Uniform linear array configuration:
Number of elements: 48
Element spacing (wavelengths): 0.25
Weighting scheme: exponential
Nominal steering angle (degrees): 45
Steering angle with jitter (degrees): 45.729
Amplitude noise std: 0.05
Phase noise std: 0.05

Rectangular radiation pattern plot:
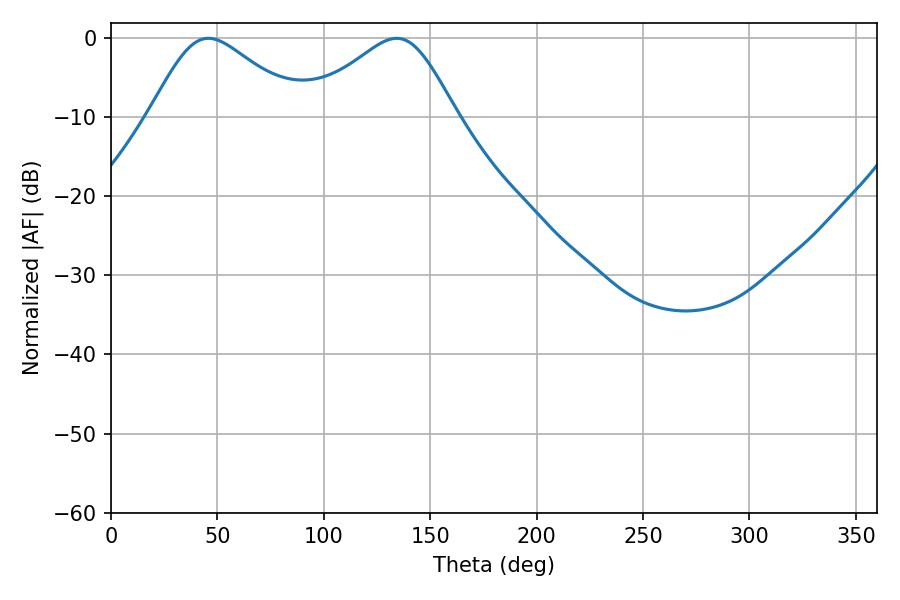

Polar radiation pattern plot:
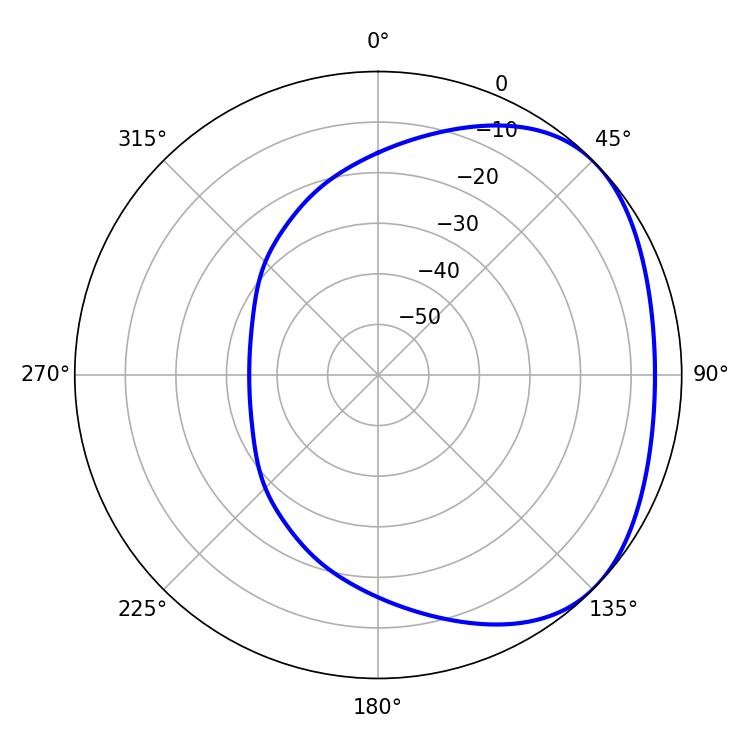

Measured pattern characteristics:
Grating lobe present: FALSE
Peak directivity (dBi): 2.745
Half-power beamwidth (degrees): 35.28
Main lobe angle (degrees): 45.72